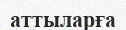
аттыларға